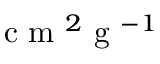
\mathrm { ~ c ~ m ~ } ^ { 2 } \mathrm { ~ g ~ } ^ { - 1 }